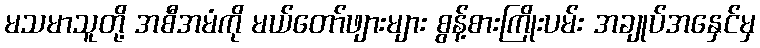
မသမာသူတို့ အစီအမံကို မယ်တော်ဖျားများ စွန့်စားကြိုးပမ်း အချုပ်အနှေင်မှ